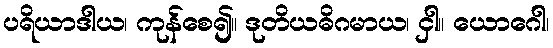
ပရိယာဒါယ၊ ကုန်စေ၍။ ဒုတိယဓိဂမာယ၊ ငှါ။ ယောဂေါ၊